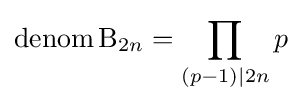
\operatorname {denom} \mathrm {B} _{2n}=\prod _{(p-1)|2n}p